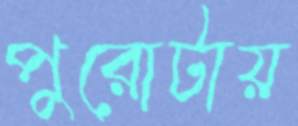
পুরোটায়